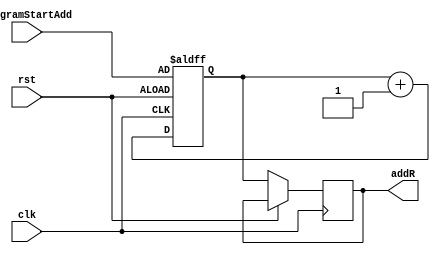
module IF #(parameter addressWidth = 32) (
    clk, rst, programStartAdd, addR
  );
  input clk, rst;
  input [addressWidth - 1 : 0] programStartAdd;
  output reg [addressWidth - 1 : 0] addR;
  reg [addressWidth - 1 : 0] pc;

  //pc circuit
  always @(posedge clk , posedge rst)
  begin
    if(rst)
    begin
      pc <= programStartAdd;
    end
    else if (clk)
    begin
      pc <= pc + 1;
      addR <= pc;
    end
  end
endmodule